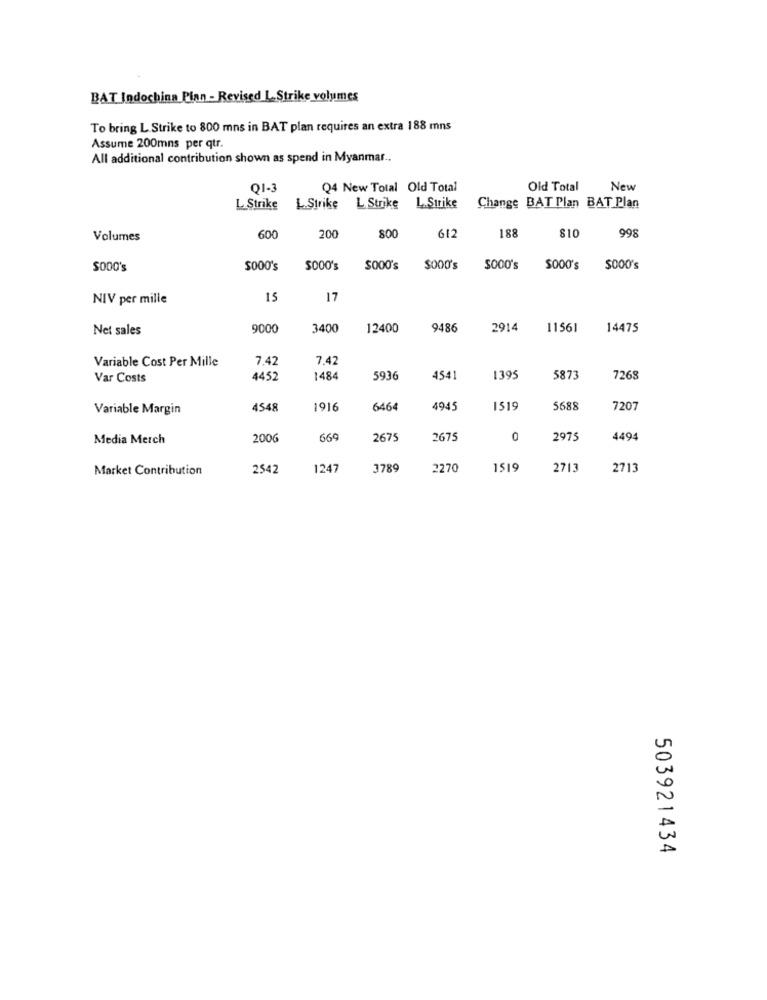
BAT Indochina Plan - Revised L.Strike volumes
To bring L. Strike to 800 mns in BAT plan requires an extra 188 mns
Assume 200mns per qur.
All additional contribution shown as spend in Myanmar ..
Q1-3
Q4 New Total Old Total
Old Total
New
L. Strike
L.Strike
L Strike L.Strike
Change BAT Plan BAT Plan
998
Volumes
600
200
800
612
188
$10
$000's
$000'S
$000's
$000's
$000'S
SOOO's
SOOO's
$000's
NIV per mille
15
17
Net sales
9000
3400
12400
9486
2914
11561
14475
Variable Cost Per Mille
7.42
7,42
Var Costs
4452
1484
5936
4541
1395
5873
726
Variable Margin
4548
1916
6464
4945
1519
5688
7207
Media Merch
2006
669
2675
2675
0
2975
4494
Market Contribution
2542
1247
3789
2270
1519
2713
2713
503921434